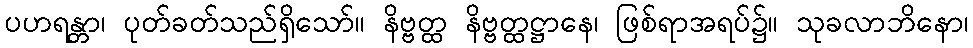
ပဟရန္တာ၊ ပုတ်ခတ်သည်ရှိသော်။ နိဗ္ဗတ္ထ နိဗ္ဗတ္ထဋ္ဌာနေ၊ ဖြစ်ရာအရပ်၌။ သုခလာဘိနော၊